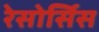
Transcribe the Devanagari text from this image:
रेसोर्सिस